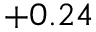
+ 0 . 2 4